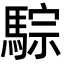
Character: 騌